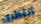
أنتظرى